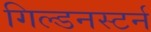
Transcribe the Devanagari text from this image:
गिल्डनस्टर्न